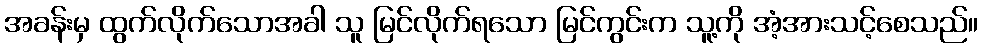
အခန်းမှ ထွက်လိုက်သောအခါ သူ မြင်လိုက်ရသော မြင်ကွင်းက သူ့ကို အံ့အားသင့်စေသည်။